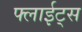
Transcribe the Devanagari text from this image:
फ्लाईट्स